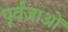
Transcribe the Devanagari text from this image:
पूर्वजाओं